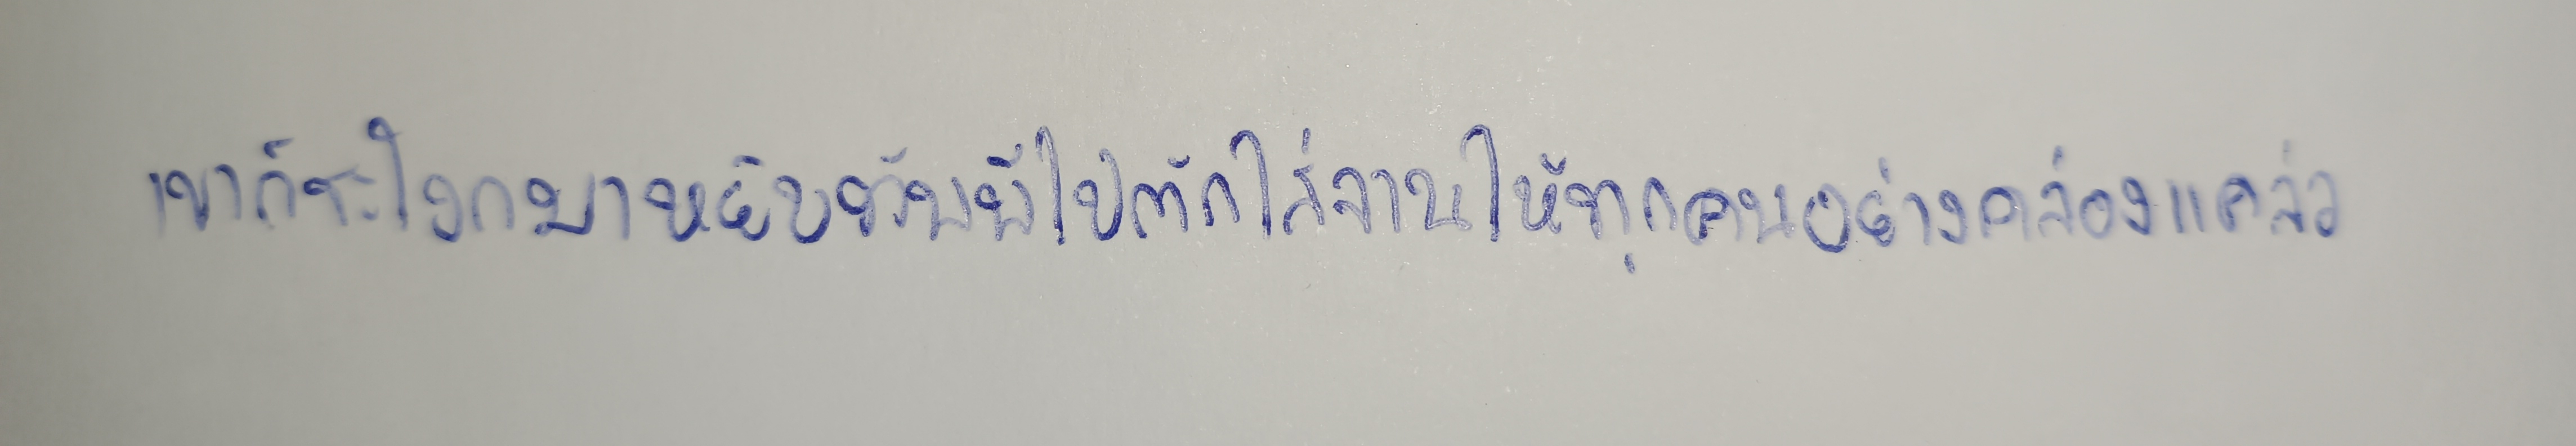
เขาก็ชะโงกมาหยิบทัพพีไปตักใส่จานให้ทุกคนอย่างคล่องแคล่ว